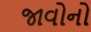
જાવોનો